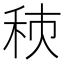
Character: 𥞗